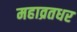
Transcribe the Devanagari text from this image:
महाव्रतधर